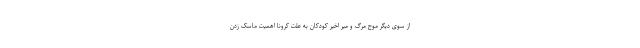
از سوی دیگر موج مرگ و میر اخیر کودکان به علت کرونا اهمیت ماسک زدن